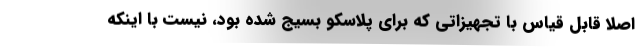
اصلاً قابل قیاس با تجهیزاتی که برای پلاسکو بسیج شده بود، نیست با اینکه